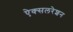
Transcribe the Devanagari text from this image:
ऐक्सलरेशन